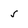
Character: s